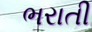
ભરાતી